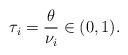
LaTeX: \begin{align*} \tau_i = \frac{\theta}{\nu_i} \in (0, 1). \end{align*}